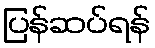
ပြန်ဆပ်ရန်